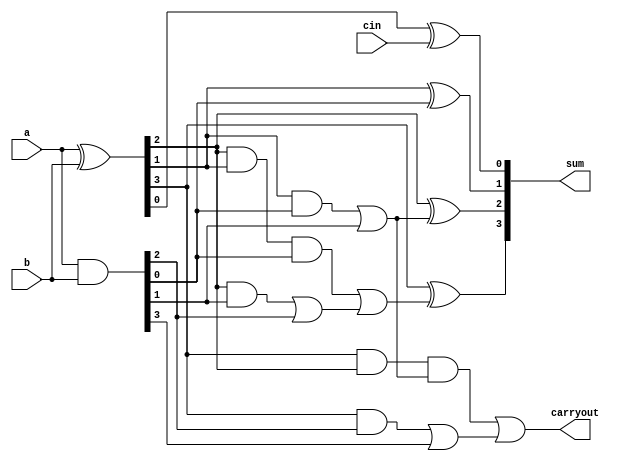
module ksa(input [3:0]a,input [3:0]b,input cin,output [3:0]sum,output carryout);
wire [3:0] p,g,cp,cg,ccg,ccp,c;
assign p=a^b;
assign g=a&b;
assign cg[0]=(g[0]);
assign cp[0]=(p[0]);
assign cg[1]=(p[1]&g[0])|g[1];
assign cp[1]=(p[1]&p[0]);
assign cg[2]=(p[2]&g[1])|g[2];
assign cp[2]=p[2]&p[1];
assign cg[3]=(p[3]&g[2])|g[3];
assign cp[3]=p[3]&p[2];
assign ccg[0]=cg[0];
assign ccp[0]=cp[0];
assign ccg[1]=cg[1];
assign ccp[1]=cp[1];
assign ccg[2]=(cp[2]&cg[0])|cg[2];
assign ccp[2]=cp[2]&cp[0];
assign ccg[3]=(cp[3]&cg[1])|cg[3];
assign ccp[3]=cp[3]&cp[1];
assign c=ccg;
assign sum[0]=p[0]^cin;
assign sum[1]=p[1]^c[0];
assign sum[2]=p[2]^c[1];
assign sum[3]=p[3]^c[2];
assign carryout=c[3];
endmodule